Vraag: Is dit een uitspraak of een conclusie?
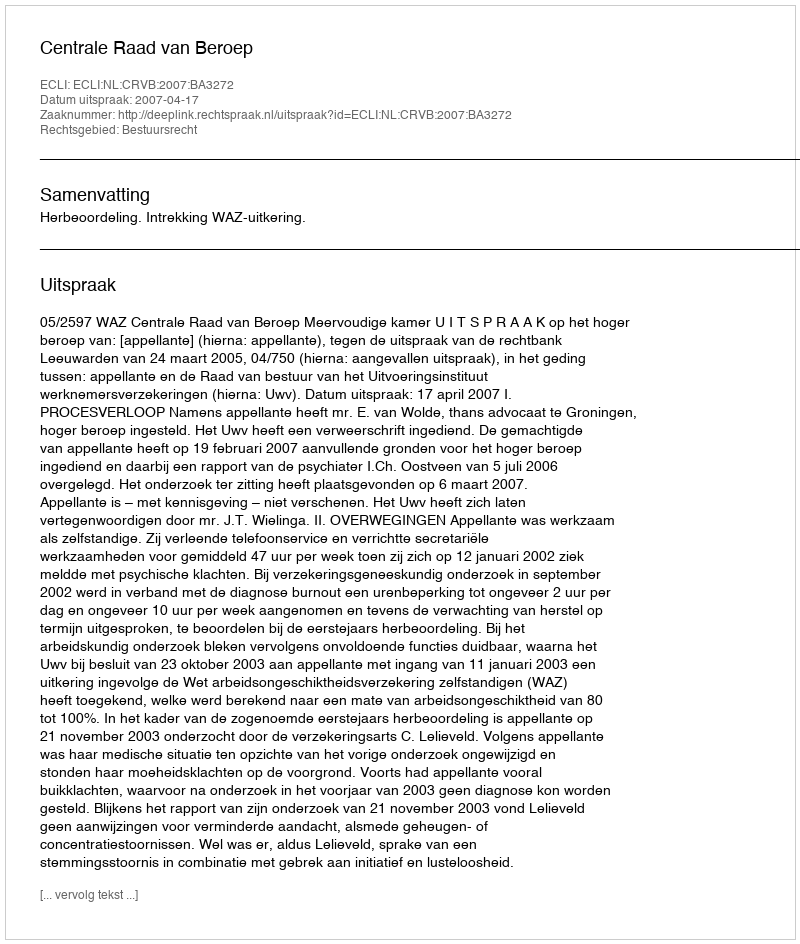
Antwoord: Uitspraak